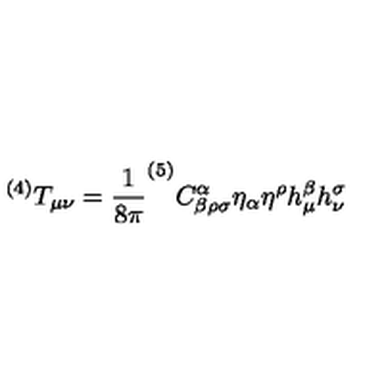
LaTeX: ^ { ( 4 ) } T _ { \mu \nu } = \frac { 1 } { 8 \pi } ^ { ( 5 ) } C _ { \beta \rho \sigma } ^ { \alpha } \eta _ { \alpha } \eta ^ { \rho } h _ { \mu } ^ { \beta } h _ { \nu } ^ { \sigma }